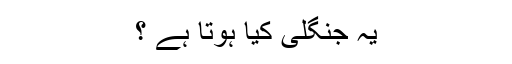
یہ جنگلی کیا ہوتا ہے ؟